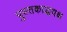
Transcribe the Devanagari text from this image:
पुस्तकाद्धयक्ष